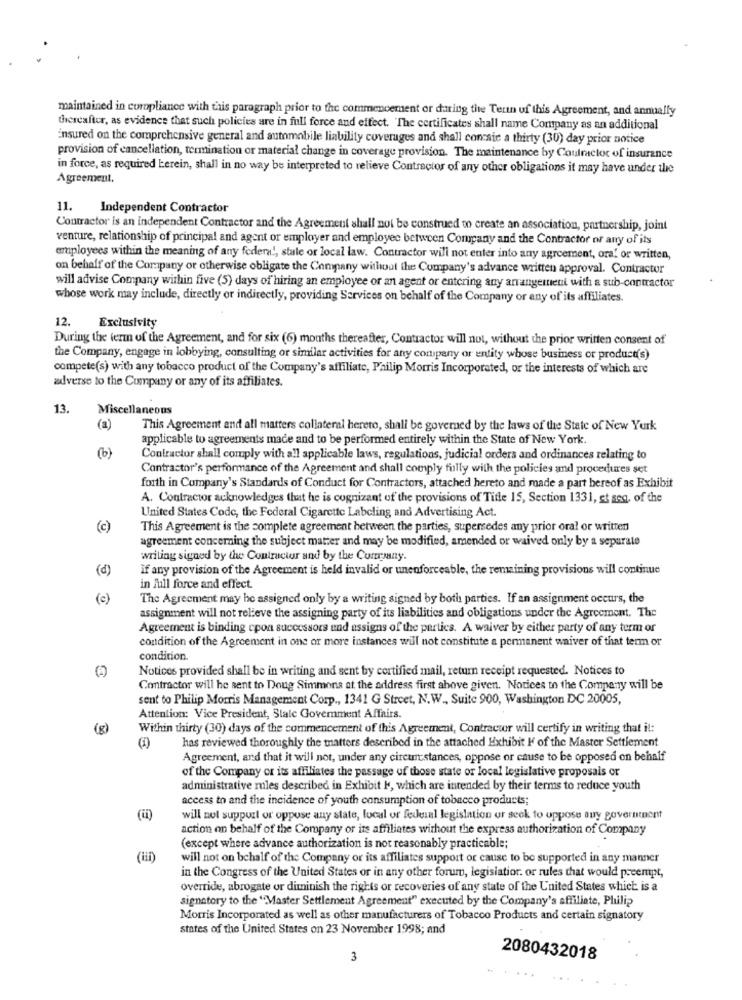
maintained in coropliance with this paragraph prior to the commencement or during the Terin uf this Agreement, and annually
thereafter, as evidence that such policies are in full force and effect. The certificates shall name Company as an additional
insured on the comprehensive general and automobile liability coverages and shall con sie a thirty (30) day prior notice
provision of cancellation, termination or material change in coverage provision. The maintenance by Coutractor of insurance
in force, as required kerein, shall in no way be interpreted to relieve Contractor of any other obligations it may have under the
Agreement.
11. Independent Contractor
Contractor is an independent Contractor and the Agreement shall not be construed to create an association, partnership, joint
venture, relationship of principal and agent or employer and employee between Company and the Contractor or any of its
employees within the meaning of any federal, state or local law. Contractor will not enter into any agreement, oral or written,
on behalf of the Company or otherwise obligate the Company without the Company's advance written approval. Contractor
will advise Company within five (5) days of hiring an employee or an agent or entering any arrangement with a sub-contractor
whose work may include, directly or indirectly, providing Services on behalf of the Company or any of its affiliates.
12.
Exclusivity
During the term of the Agreement, and for six (6) months thereafter, Contractor will not, without the prior written consent of
the Company, engage in lobbying, consulting or similar activities for any company or entity whose business or product(s)
compete(s) with any tobacco product of the Company's affiliate, Philip Morris Incorporated, or the interests of which are
adverse to the Company or any of its affiliates.
13.
Miscellaneous
(a)
This Agreement and all matters collateral hereto, shall be governed by the laws of the State of New York
applicable to agreements made and to be performed entirely within the State of New York.
(b)
Contractor shall comply with all applicable laws, regulations, judicial orders and ordinances relating to
Contractor's performance of the Agreement and shall comply fully with the policies and procedures set
forth in Company's Standards of Conduct for Contractors, attached hereto and made a part bereof as Exhibit
A. Contractor acknowledges that he is cognizant of the provisions of Title 15, Section 1331, st seg. of the
United States Code, the Federal Cigarette Labeling and Advertising Act.
(c)
This Agreement is the complete agreement between the parties, supersedes any prior oral or written
agreement concerning the subject matter and may be modified, amended or waived only by a separate
writing signed by the Contractor and by the Corrsany.
(d)
if any provision of the Agreement is held invalid or unenforceable, the remaining provisions will continue
in full force and effect.
(c)
The Agreement may be assigned only by a writing signed by both parties. If an assignment occurs, the
assignment will not relieve the assigning party of its liabilities and obligations under the Agreement. The
Agreement is binding cpon successors end assigns of the partics. A waiver by either party of any term or
condition of the Agreement in one or more instances will not constitute a permanent waiver of that term or
condition.
Notices provided shall be in writing and sent by certified mail, return receipt requested. Notices to
Contractor will he sent to Doug Simmons at the address first above given. Notices to the Company will be
sent to Philip Morris Management Corp ., 1341 G Street, N.W ., Suite 900, Washington DC 20005,
Attention: Vice President, State Government Affairs.
Within thirty (30) days of the commencement of this Agreement, Contractor will certify in writing that i !:
has reviewed thoroughly the matters described in the attached Exhibit I of the Master Settlement
Agreement, and that it will not, under any circumstances, oppose or cause to be opposed on behalf
of the Company or its affiliates the passage of those state or local legislative proposals or
administrative rules described in Exhibit k, which are intended by their terms to reduce youth
access to and the incidence of youth consumption of tobacco products;
will not support or oppose any state, local or federal legislation or seek to oppose Buy government
action on behalf of the Company of its affiliates without the express authorization of Company
(except where advance authorization is not reasonably practicable;
will not on behalf of the Company or its affiliates support or cause to be supported in any manner
in the Congress of the United States or in any other forum, legislatior. or rules that would preempt,
override, abrogate or diminish the rights or recoveries of any state of the United States which is a
signatory to the "Master Settlement Agreement" executed by the Company's affiliate, Philip
Morris Incorporated as well as other manufacturers of Tobacco Products and certain signatory
states of the United States on 23 November 1998; and
3
2080432018